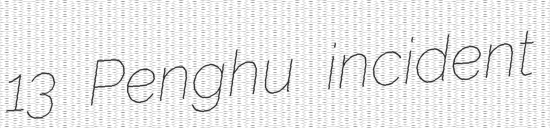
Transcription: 13 Penghu incident